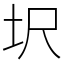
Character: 㘮